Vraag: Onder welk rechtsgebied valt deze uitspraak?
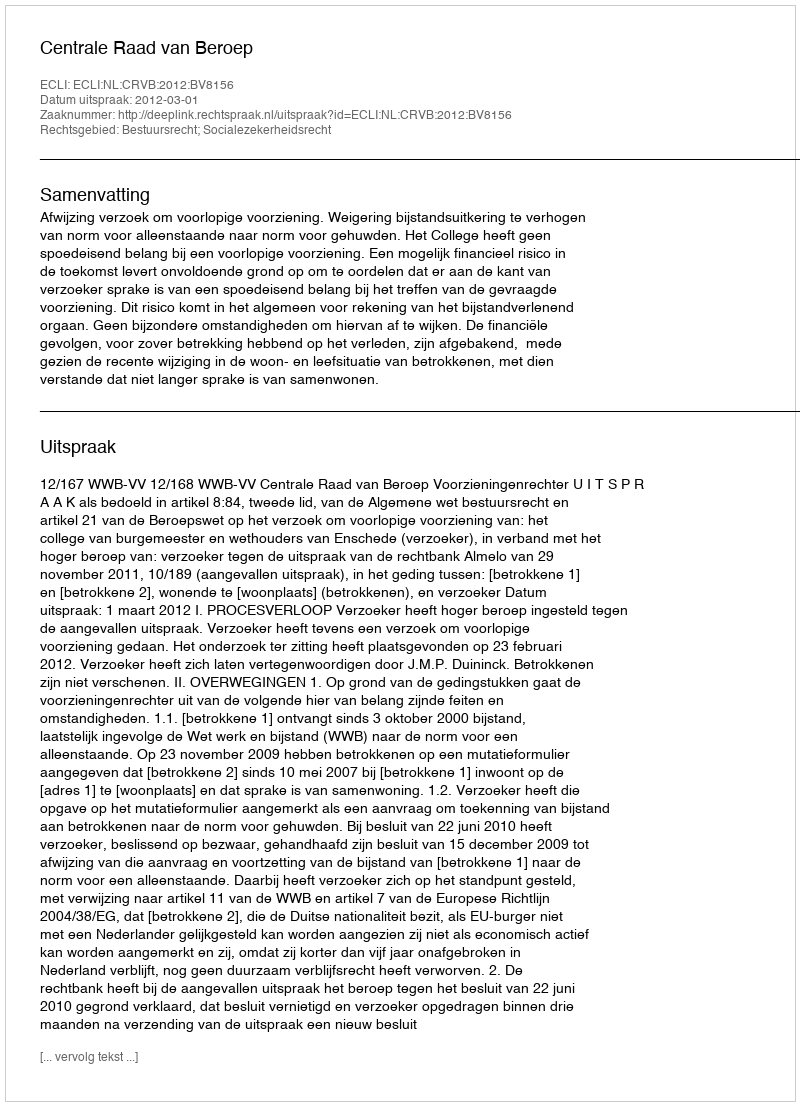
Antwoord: Bestuursrecht; Socialezekerheidsrecht